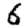
Digit: 6